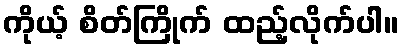
ကိုယ့် စိတ်ကြိုက် ထည့်လိုက်ပါ။